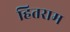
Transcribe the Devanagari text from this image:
हितराम